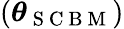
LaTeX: (\boldsymbol{\theta}_{\mathrm{~S~C~B~M~}})